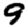
Digit: 9